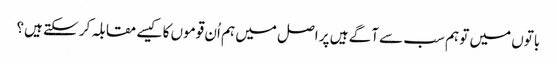
باتوں میں تو ہم سب سے آگے ہیں پر اصل میں ہم اُن قوموں کا کیسے مقابلہ کر سکتے ہیں؟